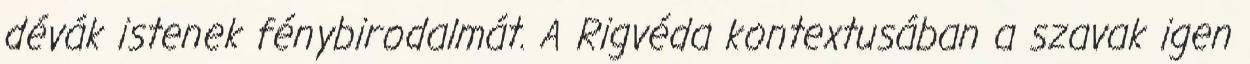
dévák istenek fénybirodalmát. A Rigvéda kontextusában a szavak igen